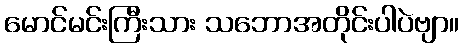
မောင်မင်းကြီးသား သဘောအတိုင်းပါပဲဗျာ။